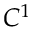
C ^ { 1 }